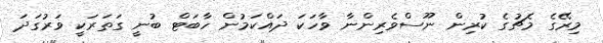
މިރޭގެ މެޗުގެ ކުރިން ނޫސްވެރިންނާ ވާހަކަ ދައްކަމުން ހާބަޓް ބުނީ ގަތަރަކީ ވަރުގަދަ